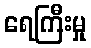
ရေကြီးမှု